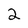
Character: 2